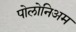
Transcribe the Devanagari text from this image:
पोलोनिअम